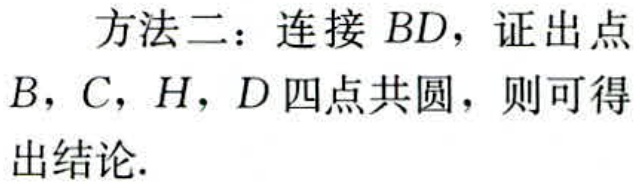
方法二：连接 \(BD\)，证出点 \(B\)，\(C\)，\(H\)，\(D\) 四点共圆，则可得出结论.